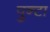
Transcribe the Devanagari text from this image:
पुन्टा